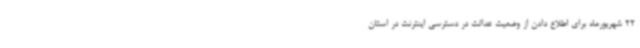
22 شهریورماه برای اطلاع دادن از وضعیت عدالت در دسترسی اینترنت در استان